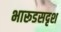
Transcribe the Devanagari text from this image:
भारूडसदृश